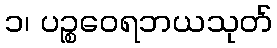
၁၊ ပဉ္စဝေရဘယသုတ်